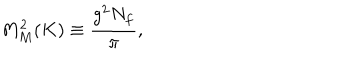
M _ { M } ^ { 2 } ( K ) \equiv \frac { g ^ { 2 } N _ { f } } { \pi } ,